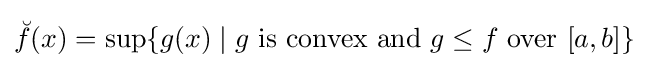
{\breve {f}}(x)=\sup\{g(x)\mid g{\text{ is convex and }}g\leq f{\text{ over }}[a,b]\}